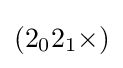
(2_{0}2_{1}{\times })